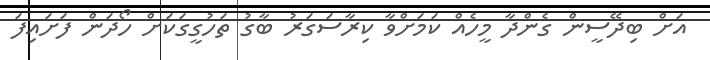
އަށް ބިދޭސީން ގެންދާ މީހެއް ކަމަށްވާ ކިރާސަގަރު ބާގު ތަހުގީގަކަށް ހޯދަން ފަށައިފަ